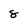
Character: 8